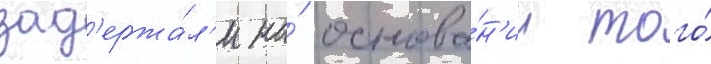
зад'ержа́л'и на́ основа́н'ии того́